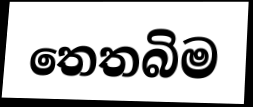
තෙතබිම